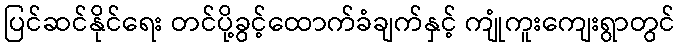
ပြင်ဆင်နိုင်ရေး တင်ပို့ခွင့်ထောက်ခံချက်နှင့် ကျုံကူးကျေးရွာတွင်